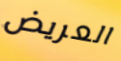
العريض